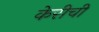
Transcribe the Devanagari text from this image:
केरीची